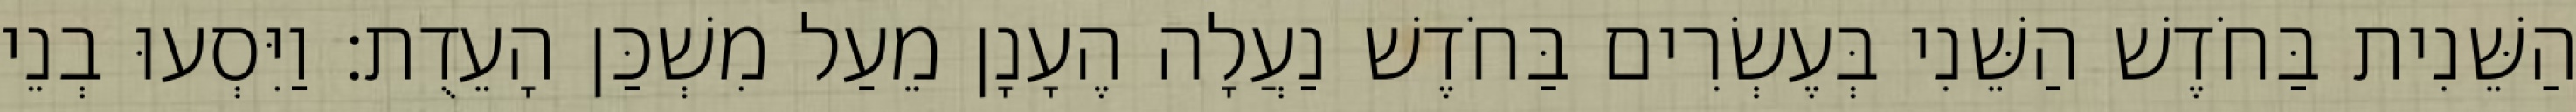
הַשֵּׁנִית בַּחֹדֶשׁ הַשֵּׁנִי בְּעֶשְׂרִים בַּחֹדֶשׁ נַעֲלָה הֶעָנָן מֵעַל מִשְׁכַּן הָעֵדֻת׃ וַיִּסְעוּ בְנֵי